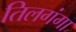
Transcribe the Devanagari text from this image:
तिलगंगा